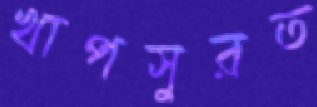
খাপসুরত